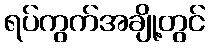
ရပ်ကွက်အချို့တွင်